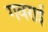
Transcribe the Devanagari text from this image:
गवराई